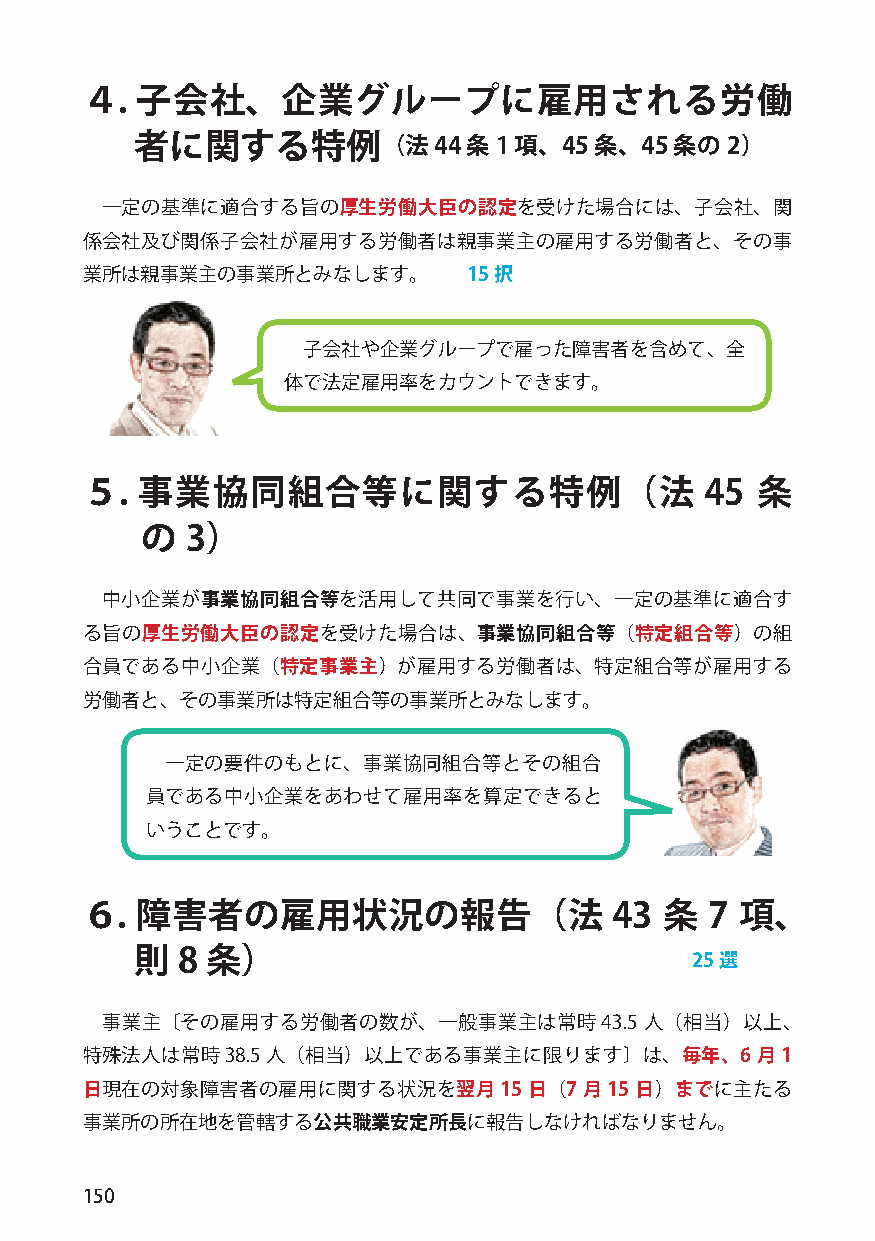
４.  子会社、企業グループに雇用される労働
 者に関する特例（法44           条1 項、45 条、45  条の2）
 一定の基準に適合する旨の厚生労働大臣の認定を受けた場合には、子会社、関
 係会社及び関係子会社が雇用する労働者は親事業主の雇用する労働者と、その事
 業所は親事業主の事業所とみなします。        15択
 子会社や企業グループで雇った障害者を含めて、全
 体で法定雇用率をカウントできます。
 ５.  事業協同組合等に関する特例（法                       45 条
 の  3）
 中小企業が事業協同組合等を活用して共同で事業を行い、一定の基準に適合す
 る旨の厚生労働大臣の認定を受けた場合は、事業協同組合等（特定組合等）の組
 合員である中小企業（特定事業主）が雇用する労働者は、特定組合等が雇用する
 労働者と、その事業所は特定組合等の事業所とみなします。
 一定の要件のもとに、事業協同組合等とその組合
 員である中小企業をあわせて雇用率を算定できると
 いうことです。
 ６.  障害者の雇用状況の報告（法                  43  条  7 項、
 則  8 条）                              25選
 事業主〔その雇用する労働者の数が、一般事業主は常時43.5       人（相当）以上、
 特殊法人は常時38.5人（相当）以上である事業主に限ります〕は、毎年、6         月1
 日現在の対象障害者の雇用に関する状況を翌月15       日（7 月15 日）までに主たる
 事業所の所在地を管轄する公共職業安定所長に報告しなければなりません。
 150